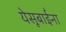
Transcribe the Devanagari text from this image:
येसूबाईंना